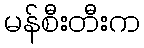
မန်စီးတီးက